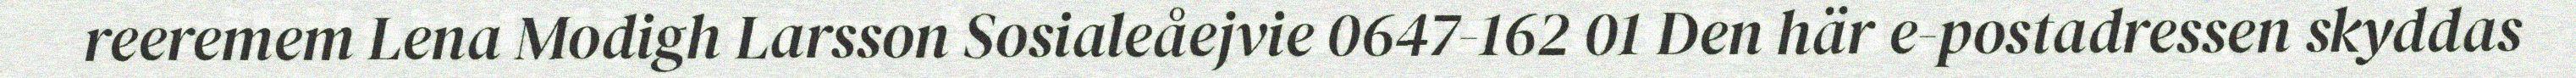
reeremem Lena Modigh Larsson Sosialeåejvie 0647-162 01 Den här e-postadressen skyddas